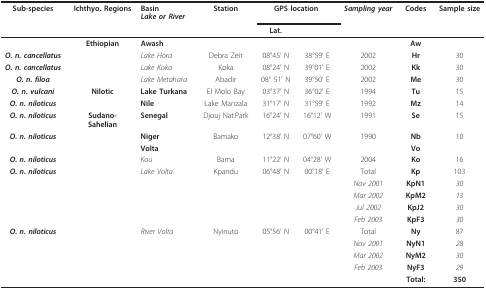
| Sub-species | Ichthyo. Regions | BasinLake or River | Station | <COLSPAN=2> GPS location | Sampling year | Codes | Sample size |
 |  |  |  |  | Lat. |  |  |  |  |
 | --- | --- | --- | --- | --- | --- | --- | --- | --- |
 |  | Ethiopian | Awash |  |  |  |  | Aw |  |
 | O. n. cancellatus |  | Lake Hora | Debra Zeit | 08°45' N | 38°59' E | 2002 | Hr | 30 |
 | O. n. cancellatus |  | Lake Koka | Koka | 08°24' N | 39°01' E | 2002 | Kk | 30 |
 | O. n. filoa |  | Lake Metahara | Abadir | 08° 51' N | 39°50' E | 2002 | Me | 30 |
 | O. n. vulcani | Nilotic | Lake Turkana | El Molo Bay | 03°37' N | 36°02' E | 1994 | Tu | 15 |
 | O. n. niloticus |  | Nile | Lake Manzala | 31°17' N | 31°59' E | 1992 | Mz | 14 |
 | O. n. niloticus | Sudano-Sahelian | Senegal | Djouj Nat.Park | 16°24' N | 16°12' W | 1991 | Se | 15 |
 | O. n. niloticus |  | Niger | Bamako | 12°38' N | 07°60' W | 1990 | Nb | 10 |
 |  |  | Volta |  |  |  |  | Vo |  |
 | O. n. niloticus |  | Kou | Bama | 11°22' N | 04°28' W | 2004 | Ko | 16 |
 | O. n. niloticus |  | Lake Volta | Kpandu | 06°48' N | 00°18' E | Total | Kp | 103 |
 |  |  |  |  |  |  | Nov 2001 | KpN1 | 30 |
 |  |  |  |  |  |  | Mar 2002 | KpM2 | 13 |
 |  |  |  |  |  |  | Jul 2002 | KpJ2 | 30 |
 |  |  |  |  |  |  | Feb 2003 | KpF3 | 30 |
 | O. n. niloticus |  | River Volta | Nyinuto | 05°56' N | 00°41' E | Total | Ny | 87 |
 |  |  |  |  |  |  | Nov 2001 | NyN1 | 28 |
 |  |  |  |  |  |  | Mar 2002 | NyM2 | 30 |
 |  |  |  |  |  |  | Feb 2003 | NyF3 | 29 |
 |  |  |  |  |  |  |  | Total: | 350 |